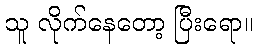
သူ လိုက်နေတော့ ပြီးရော။